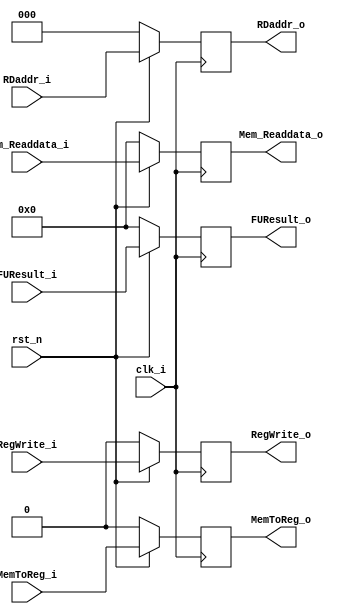
module Pipe_MEMWB(clk_i, rst_n,
                 RegWrite_i, MemToReg_i,
                 Mem_Readdata_i, FUResult_i, RDaddr_i,
                 RegWrite_o, MemToReg_o,
                 Mem_Readdata_o, FUResult_o, RDaddr_o);

input clk_i;
input rst_n;
input RegWrite_i;
input MemToReg_i;
input [15:0] Mem_Readdata_i, FUResult_i;
input [2:0] RDaddr_i;

output reg RegWrite_o;
output reg MemToReg_o;
output reg [15:0] Mem_Readdata_o, FUResult_o;
output reg [2:0] RDaddr_o;

always@(posedge clk_i)
    if(~rst_n) begin
        RegWrite_o <= 0;
        MemToReg_o <= 0;
        Mem_Readdata_o <= 0;
        FUResult_o <= 0;
        RDaddr_o <= 0;
    end
    else begin
        RegWrite_o <= RegWrite_i;
        MemToReg_o <= MemToReg_i;
        Mem_Readdata_o <= Mem_Readdata_i;
        FUResult_o <= FUResult_i;
        RDaddr_o <= RDaddr_i;
    end
        
endmodule